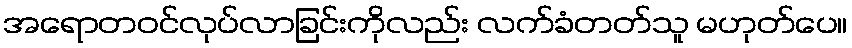
အရောတဝင်လုပ်လာခြင်းကိုလည်း လက်ခံတတ်သူ မဟုတ်ပေ။